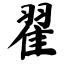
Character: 翟